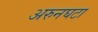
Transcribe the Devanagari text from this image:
अरुनघटा